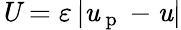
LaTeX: \textbf{\textit{U}}=\varepsilon\left|\textbf{\textit{u}}_{\mathrm{~p~}}-\textbf{\textit{u}}\right|